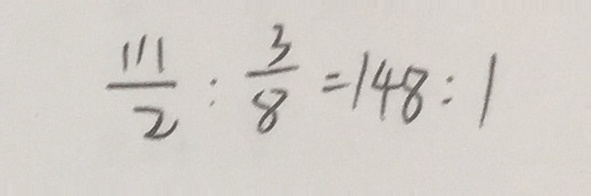
\frac { 1 1 1 } { 2 } : \frac { 3 } { 8 } = 1 4 8 : 1